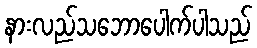
နားလည်သဘောပေါက်ပါသည်